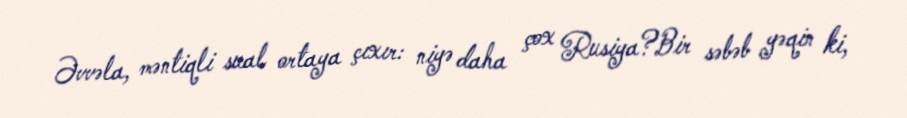
Əvvəla, məntiqli sual ortaya çıxır: niyə daha çox Rusiya?Bir səbəb yəqin ki,